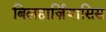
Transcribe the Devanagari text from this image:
बिलहार्ज़ियासिस